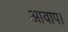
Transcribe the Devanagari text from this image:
आवाप।